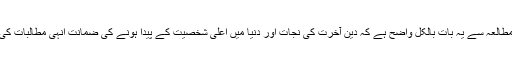
قرآن کریم کے مطالعہ سے یہ بات بالکل واضح ہے کہ دین آخرت کی نجات اور دنیا میں اعلیٰ شخصیت کے پیدا ہونے کی ضمانت انہی مطالبات کی بنا پر دیتا ہے ۔